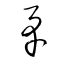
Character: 矛